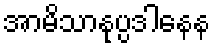
အာမိသာနုပ္ပဒါနေန